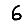
Digit: 6